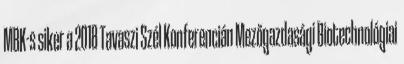
MBK-s siker a 2018 Tavaszi Szél Konferencián Mezőgazdasági Biotechnológiai